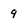
Character: 9